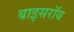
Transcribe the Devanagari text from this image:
बाइसरॉय